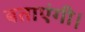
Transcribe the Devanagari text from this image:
बताएंगी।